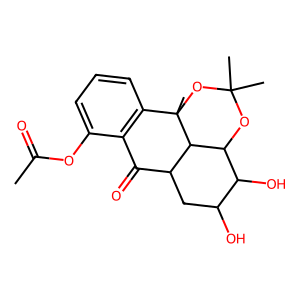
SMILES: CC(=O)Oc1cccc2c1C(=O)C1CC(O)C(O)C3OC(C)(C)OC2(C)C13
Inhibits HIV replication: No